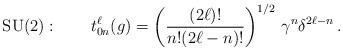
LaTeX: \begin{align*} \mbox{SU(2)}: \qquad t^\ell_{0n}(g) = \left(\frac{(2\ell)!} {n!{(2\ell-n)!}}\right)^{1/2}\, \gamma^n \delta^{2\ell-n}\,.\end{align*}